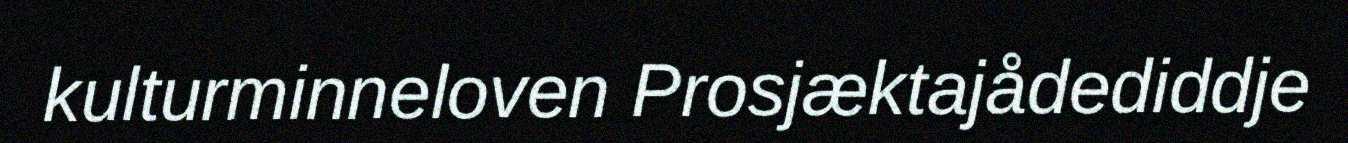
kulturminneloven Prosjæktajådediddje